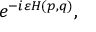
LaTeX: e ^ { - i \varepsilon H ( p , q ) } ,